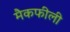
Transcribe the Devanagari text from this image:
मैकफीली